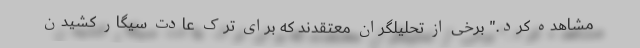
مشاهده کرد." برخی از تحلیلگران معتقدند که برای ترک عادت سیگار کشیدن